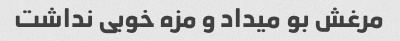
مرغش بو میداد و مزه خوبی نداشت